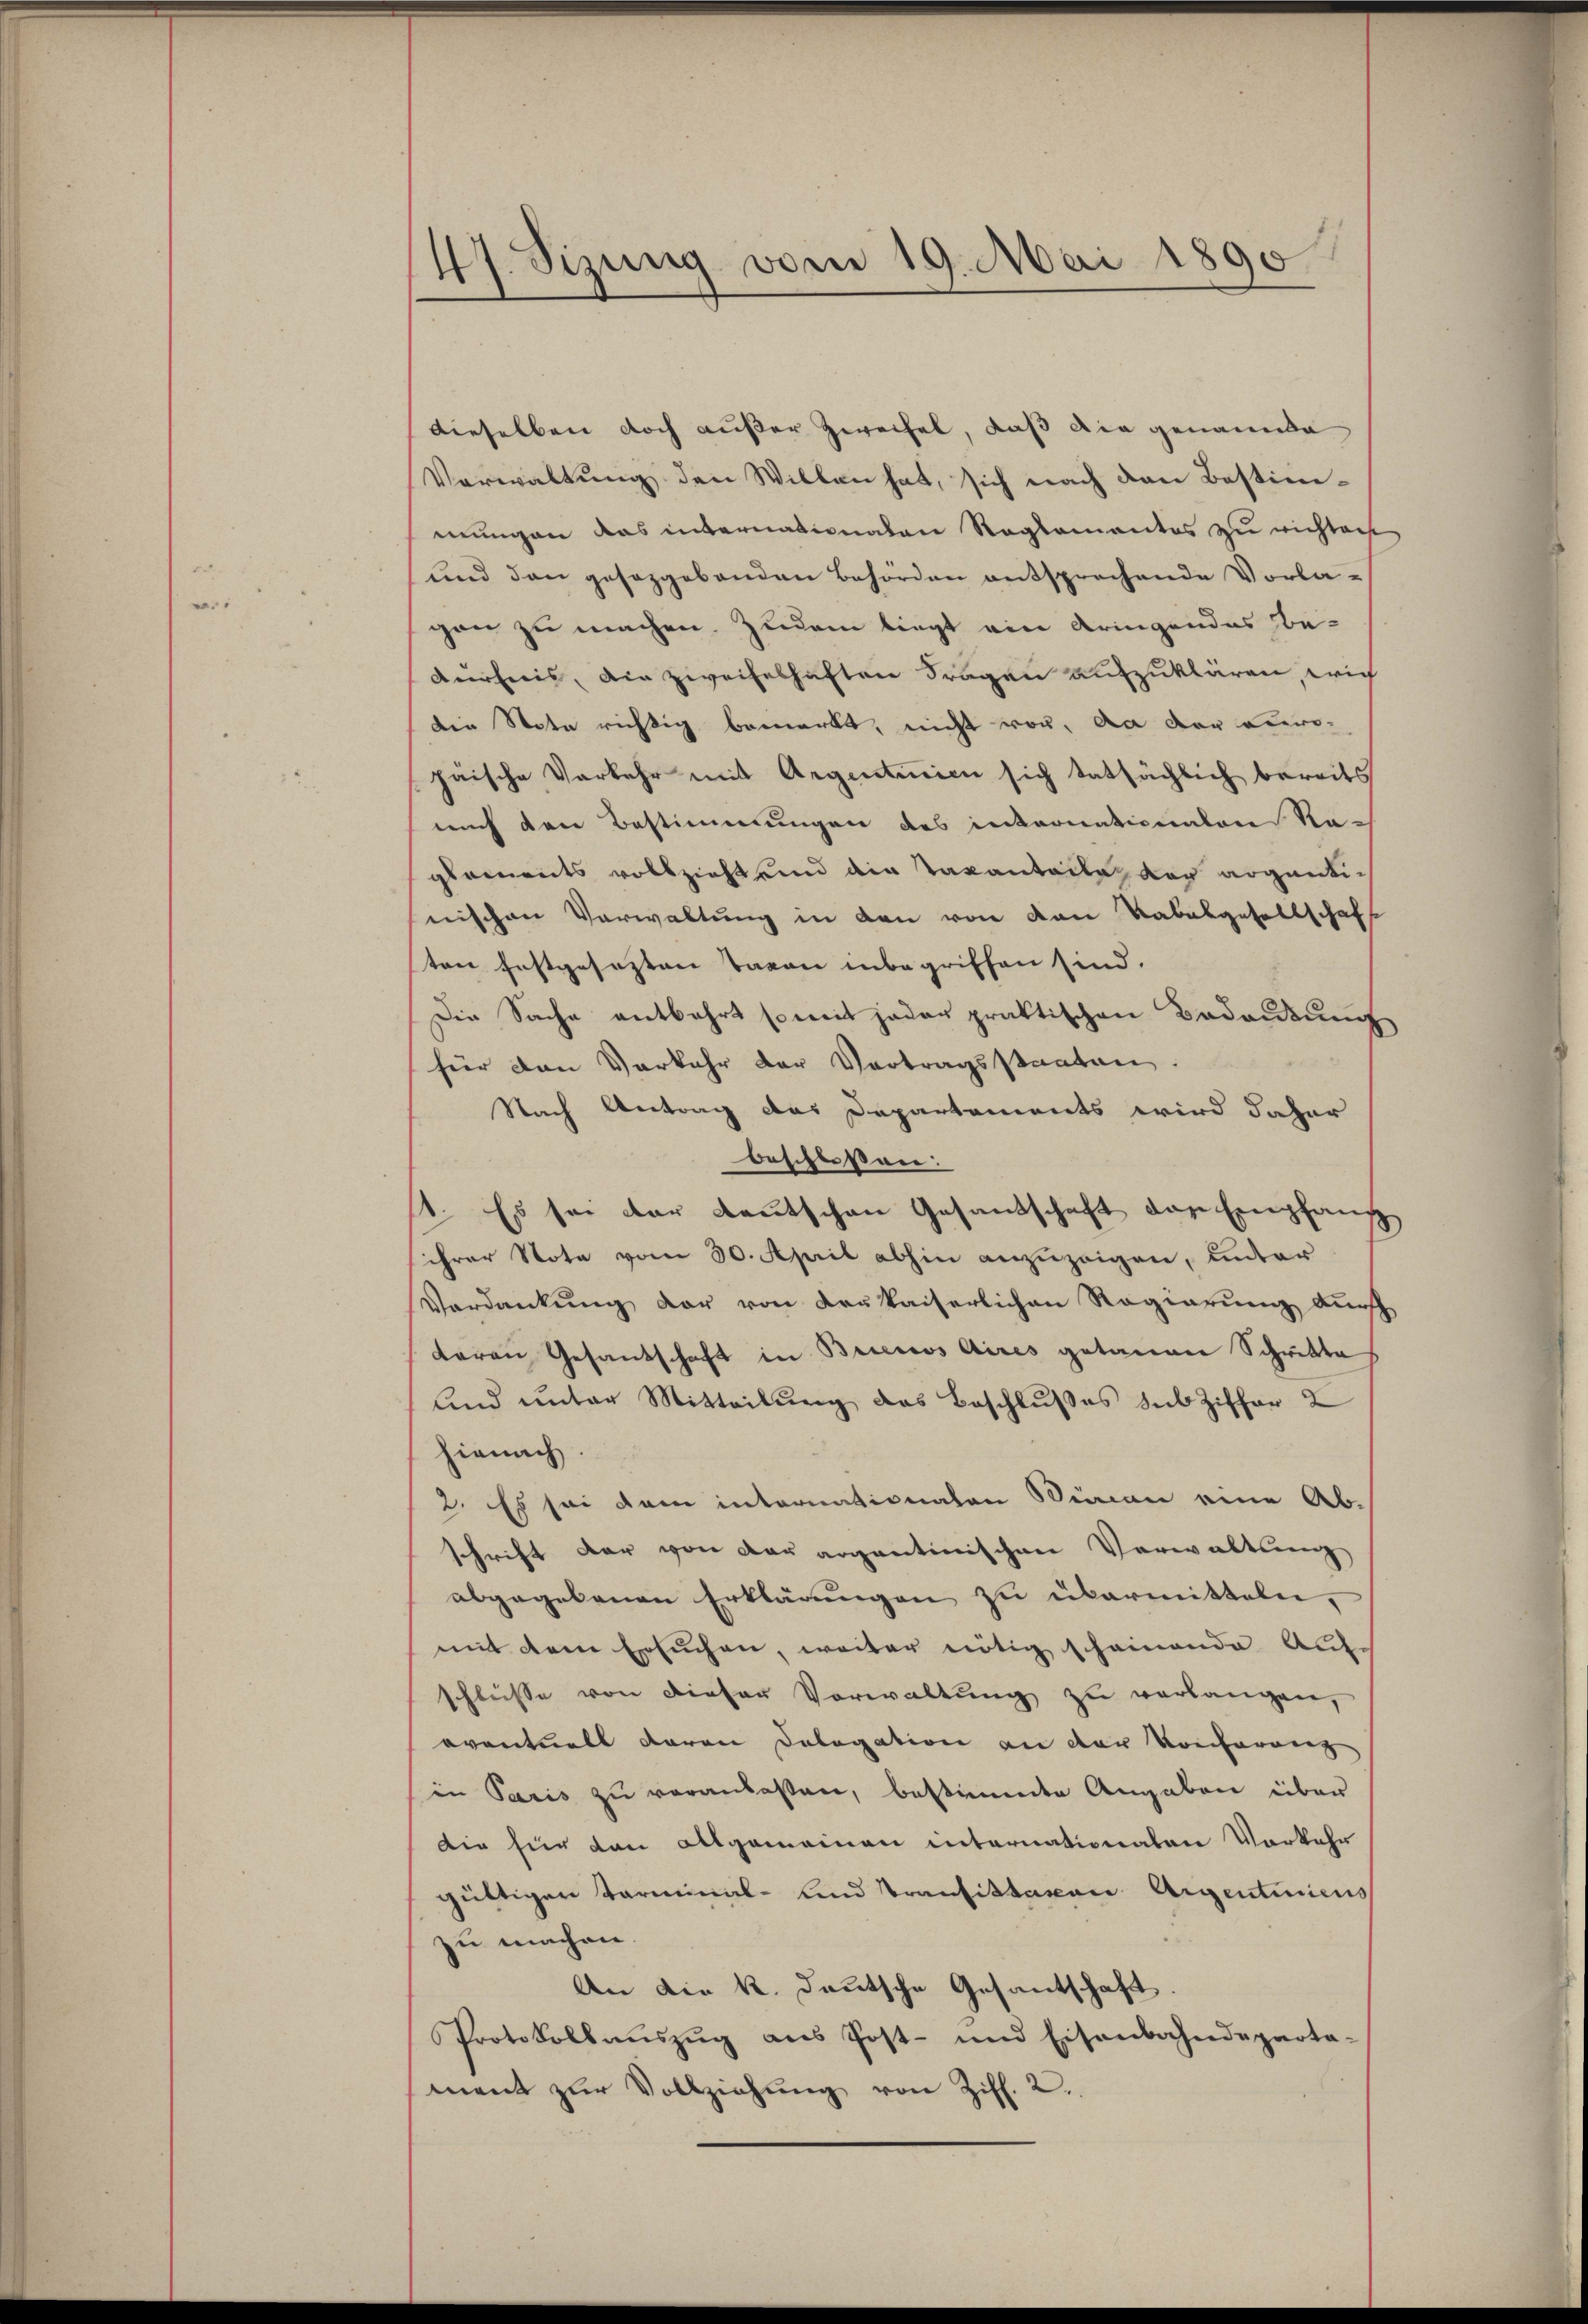
47. Sizung vom 19. Mai 1890

dieselben doch außer Zweifel, daß die genannte
Verwaltung den Willen hat, sich nach den Bestimmungen das internationalen Reglementes zu richten
und den gesezgebenden Behörden entsprechende Vorlagen zu machen. Zudem liegt ein bringendes Be-
dürfnis, die zweifelhaften Fragen aufzuklären, wie
die Note richtig bemerkt, nicht vor, da der Einwo
päische Verkehr mit Argentinien sich tatsächlich bereits
auch den Bestimmungen des internationalen Ra-
glements vollzieht und die Taxanteile vor angentinischen Verwaltung in den von den Rabalgesellschaft
ten festgesezten Taxen inbegriffen sind.
Die Sache entbehrt somit jeder praktischen Bedankung
für den Vorkehr der Vertragsstaaten.
Nach Antrag das Departements wird daher
beschlossen:
1. Es sei der Lautschen Gesandschaft das Empfang
sihrer Note vom 30. April abhin anzuzeigen, unter
Verdankung der von Krakaiserlichen Regierung durch
daran Gesandschaft in Buenos Aires getanen Schritte
lnd unter Mitteilung das Beschlußes sub Ziffer 2
hienach
2. Es sei dem internationalen Simon eine Ab-
schrift dar von der argentinischen Verwaltung
abgegebenen Erklärungen zu übermitteln,
mit dem Ersuchen, weiter nötig scheinende Auf-
schlüsse von dieser Vorwaltŭng zu verlangen,
oventuell daran Delegation an der Konferenz
in Paris zu veranlassen, bestimmte Angaben über
Die für den Allgemeinen internationalen Vorkehr
güttigen Terminal- und Transittavon Aigentiniens
zu machen.
An die k. deutsche Gesantschaft.
Protokollaŭszŭg ans Post- und Eisenbahndeparta-
ment zŭr Vollziehŭng von Ziff. 2.